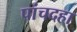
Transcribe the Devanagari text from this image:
पांचदहा